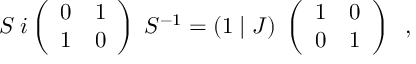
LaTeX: { \cal S } \; i \left( \begin{array} { c c } { { 0 } } & { { 1 } } \\ { { 1 } } & { { 0 } } \end{array} \right) \; { \cal S } ^ { - 1 } = ( 1 \; \vert \; { \cal J } ) \; \left( \begin{array} { c c } { { 1 } } & { { 0 } } \\ { { 0 } } & { { 1 } } \end{array} \right) \; \; ,